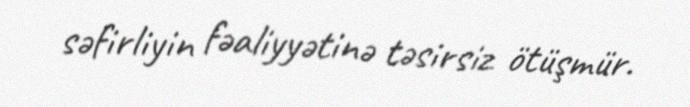
səfirliyin fəaliyyətinə təsirsiz ötüşmür.